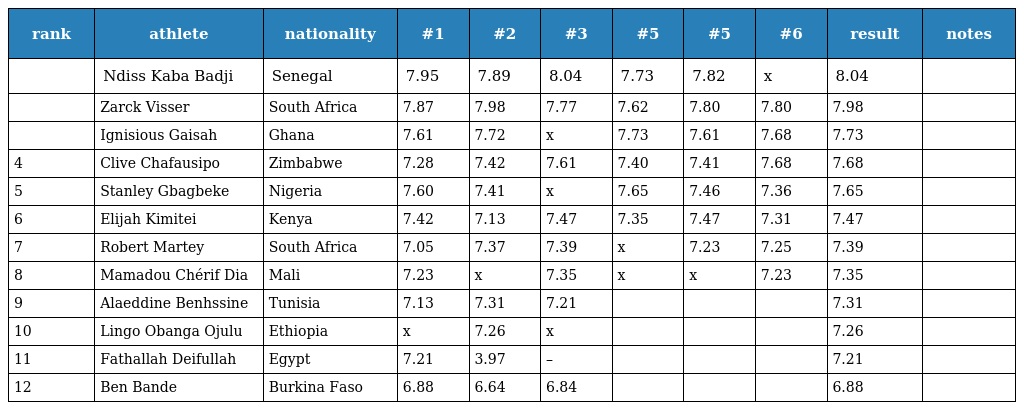
| rank | athlete | nationality | #1 | #2 | #3 | #5 | #5 | #6 | result | notes |
 | --- | --- | --- | --- | --- | --- | --- | --- | --- | --- | --- |
 |  | Ndiss Kaba Badji | Senegal | 7.95 | 7.89 | 8.04 | 7.73 | 7.82 | x | 8.04 |  |
 |  | Zarck Visser | South Africa | 7.87 | 7.98 | 7.77 | 7.62 | 7.80 | 7.80 | 7.98 |  |
 |  | Ignisious Gaisah | Ghana | 7.61 | 7.72 | x | 7.73 | 7.61 | 7.68 | 7.73 |  |
 | 4 | Clive Chafausipo | Zimbabwe | 7.28 | 7.42 | 7.61 | 7.40 | 7.41 | 7.68 | 7.68 |  |
 | 5 | Stanley Gbagbeke | Nigeria | 7.60 | 7.41 | x | 7.65 | 7.46 | 7.36 | 7.65 |  |
 | 6 | Elijah Kimitei | Kenya | 7.42 | 7.13 | 7.47 | 7.35 | 7.47 | 7.31 | 7.47 |  |
 | 7 | Robert Martey | South Africa | 7.05 | 7.37 | 7.39 | x | 7.23 | 7.25 | 7.39 |  |
 | 8 | Mamadou Chérif Dia | Mali | 7.23 | x | 7.35 | x | x | 7.23 | 7.35 |  |
 | 9 | Alaeddine Benhssine | Tunisia | 7.13 | 7.31 | 7.21 |  |  |  | 7.31 |  |
 | 10 | Lingo Obanga Ojulu | Ethiopia | x | 7.26 | x |  |  |  | 7.26 |  |
 | 11 | Fathallah Deifullah | Egypt | 7.21 | 3.97 | – |  |  |  | 7.21 |  |
 | 12 | Ben Bande | Burkina Faso | 6.88 | 6.64 | 6.84 |  |  |  | 6.88 |  |